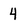
Character: 4